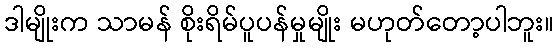
ဒါမျိုးက သာမန် စိုးရိမ်ပူပန်မှုမျိုး မဟုတ်တော့ပါဘူး။